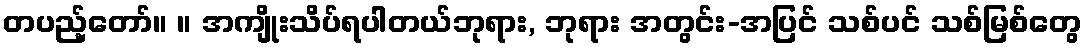
တပည့်တော်။ ။ အကျိုးသိပ်ရပါတယ်ဘုရား, ဘုရား အတွင်း-အပြင် သစ်ပင် သစ်မြစ်တွေ